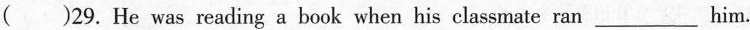
( )29. He was reading a book when his classmate ran___ him.